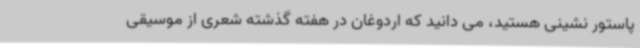
پاستور نشینی هستید، می دانید که اردوغان در هفته گذشته شعری از موسیقی